Plague in India, 1896, 1897 - Volume 1
Year: 1896
Disease focus: Plague
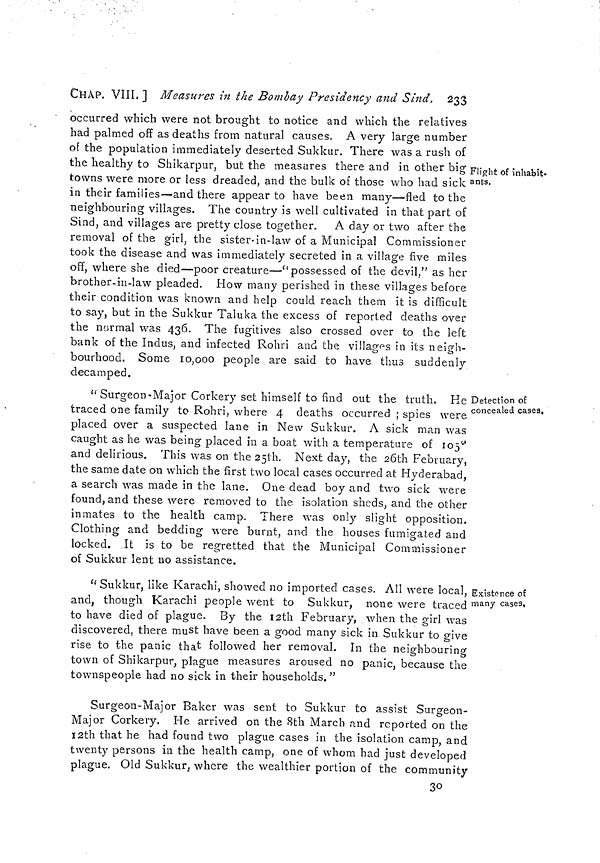
CHAP. VIII.] Measures in the Bombay Presidency and Sind. 233
Flight of inhabit-
ants.
occurred which were not brought to notice and which the relatives
had palmed off as deaths from natural causes. A very large number
of the population immediately deserted Sukkur. There was a rush of
the healthy to Shikarpur, but the measures there and in other big
towns were more or less dreaded, and the bulk of those who had sick
in their families—and there appear to have been many—fled to the
neighbouring villages. The country is well cultivated in that part of
Sind, and villages are pretty close together. A day or two after the
removal of the girl, the sister-in-law of a Municipal Commissioner
took the disease and was immediately secreted in a village five miles
off, where she died—poor creature—''possessed of the devil," as her
brother-in-law pleaded. How many perished in these villages before
their condition was known and help could reach them it is difficult
to say, but in the Sukkur Taluka the excess of reported deaths over
the normal was 436. The fugitives also crossed over to the left
bank of the Indus, and infected Rohri and the villages in its neigh-
bourhood. Some 10,000 people are said to have thus suddenly
decamped.
Detection of
concealed cases.
" Surgeon-Major Corkery set himself to find out the truth. He
traced one family to Rohri, where 4 deaths occurred ; spies were
placed over a suspected lane in New Sukkur. A sick man was
caught as he was being placed in a boat with a temperature of 105°a
nd delirious. This was on the 25th. Next day, the 26th February,
the same date on which the first two local cases occurred at Hyderabad,
a search was made in the lane. One dead boy and two sick were
found, and these were removed to the isolation sheds, and the other
inmates to the health camp. There was only slight opposition.
Clothing and bedding were burnt, and the houses fumigated and
locked. It is to be regretted that the Municipal Commissioner
of Sukkur lent no assistance.
Existence of
many cases,
" Sukkur, like Karachi, showed no imported cases. All were local,
and, though Karachi people went to Sukkur, none were traced
to have died of plague. By the 12th February, when the girl was
discovered, there must have been a good many sick in Sukkur to give
rise to the panic that followed her removal. In the neighbouring
town of Shikarpur, plague measures aroused no panic, because the
townspeople had no sick in their households."
Surgeon-Major Baker was sent to Sukkur to assist Surgeon-
Major Corkery. He arrived on the 8th March and reported on the
12th that he had found two plague cases in the isolation camp, and
twenty persons in the health camp, one of whom had just developed
plague. Old Sukkur, where the wealthier portion of the community
30